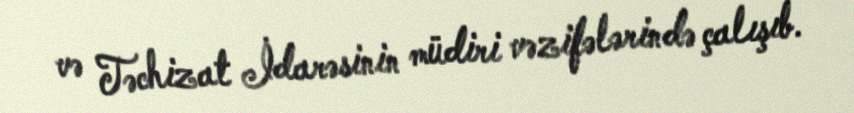
və Təchizat İdarəsinin müdiri vəzifələrində çalışıb.